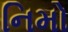
નિમો